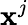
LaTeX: \textbf{x}^{j}